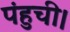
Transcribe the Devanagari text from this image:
पंहुची।